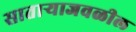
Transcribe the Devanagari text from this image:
सातार्‍याजवळील